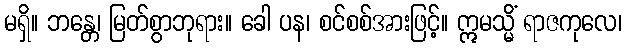
မရှိ။ ဘန္တေ၊ မြတ်စွာဘုရား။ ခေါ ပန၊ စင်စစ်အားဖြင့်။ ဣမသ္မိံ ရာဇကုလေ၊